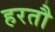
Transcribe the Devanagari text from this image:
हरतौ